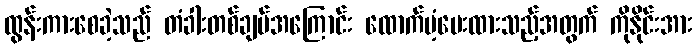
ထွန်းကားစေခဲ့သည် တံခါးတစ်ချပ်အကြောင်း ထောက်ပံ့ပေးထားသည့်အတွက် ကိုနိုင်းအား